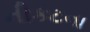
નીકટના